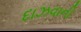
દાઝવાની